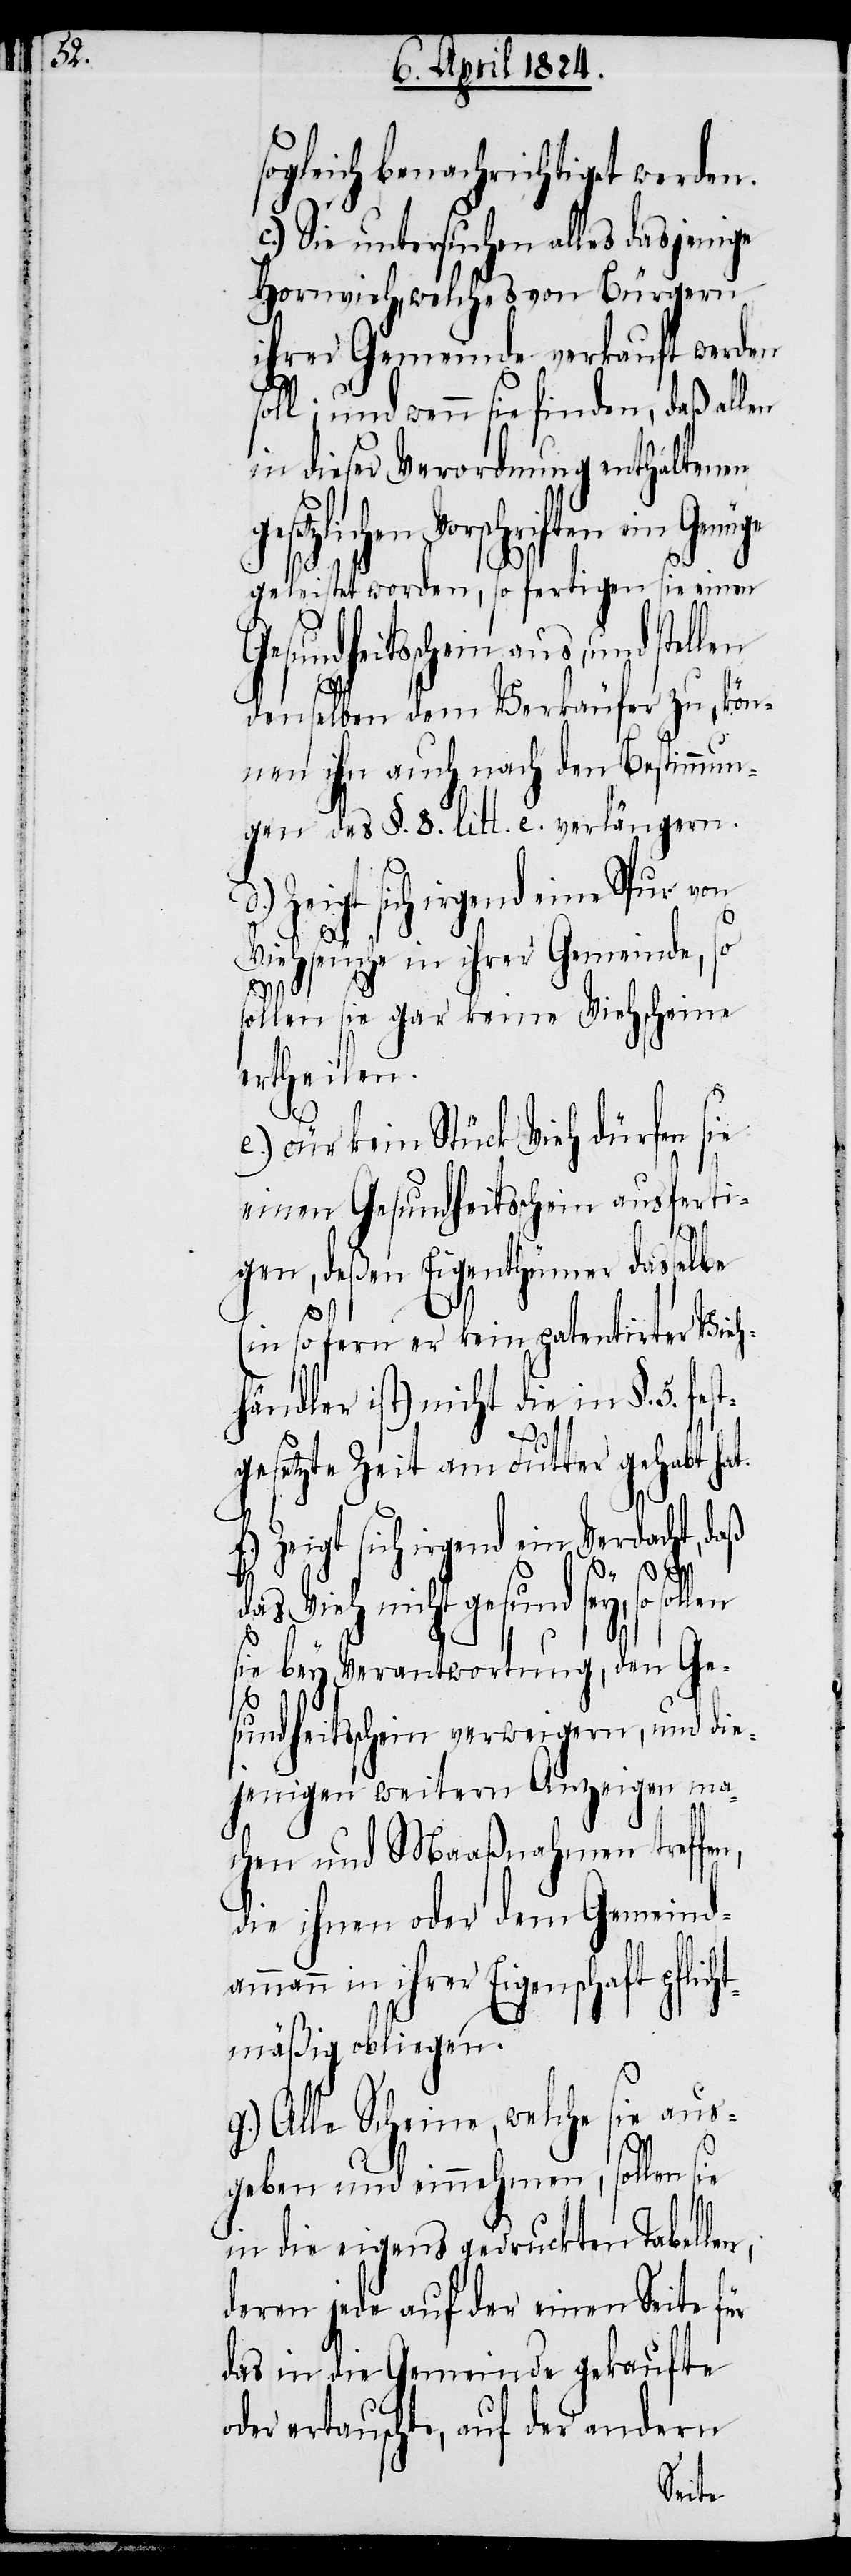
icht¬

sogleich benachrichtigt werden.
c.) Sie untersuchen alles dasjenige
Hornvieh, welches von Bürgern
ihrer Gemeinde verkauft werden
soll; und wenn sie finden, daß allen
in dieser Verordnung enthaltenen
setzlichen Vorschriften ein Genüge
geleistet worden, so fertigen sie einen
sundheitsschein aus, und stel¬
denselben dem Verkäufer zu, kön¬
nen ihn auch nach den Bestimmun¬
gen des §. 8. litt. e. verlängern.
Zeigt sich irgend eine Spur von
Viehseuche in ihrer Gemeinde, so
sollen sie gar keine Viehscheine
ertheilen.
len
e.) Für kein Stück Vieh dürfen
einen Gesundheitsschein ausferti¬
gen, deßen Eigenthümer dasselbe
(in so fern er kein patentirter Vieh¬
händler ist) nicht die in §. 5. fes¬
gesetzte Zeit am Futter gehabt hat.
Zeigt sich irgend ein Verdacht, daß
das Vieh nicht gesund sey, so sol¬
sie bey Verantwortung, den Ge¬
sundheitsschein verweigern, und die¬
jenigen weitern Anzeigen ma¬
chen und Maaßnahmen treffen,
die ihnen oder dem Gemeinda¬
mann in ihrer Eigenschaft pfl¬
mäßig obliegen.
g.) Alle Scheine, welche sie aus¬
geben und einnehmen, sollen sie
m¬
in die eigens gedruckten Tabellen,
deren jede auf der einen Seite für
das in die Gemeinde gekaufte
oder ertauschte, auf der andern